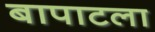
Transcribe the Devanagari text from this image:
बापाटला